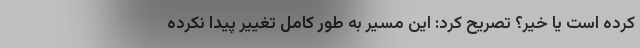
کرده است یا خیر؟ تصریح کرد: این مسیر به طور کامل تغییر پیدا نکرده